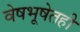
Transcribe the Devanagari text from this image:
वेषभूषेतही